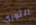
الثوري